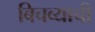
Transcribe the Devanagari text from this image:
बिचव्याची